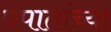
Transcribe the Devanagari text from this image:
प्रपातांच्या